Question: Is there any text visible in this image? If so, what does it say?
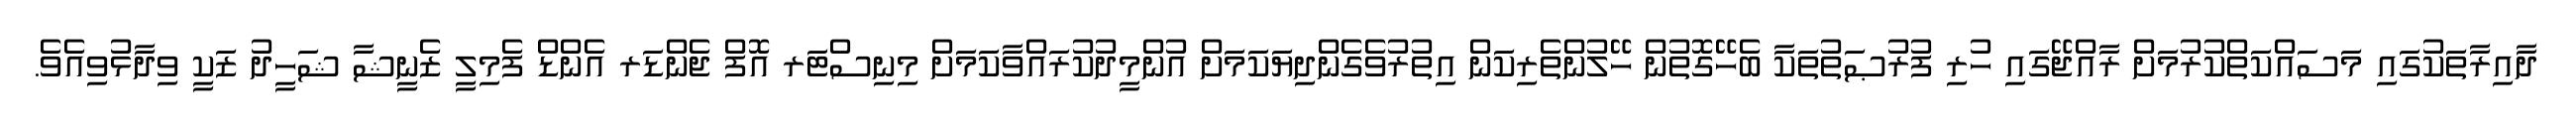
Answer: ދާއިރާތަކުގައި މަސައްކަތްކުރުމަށް ރާއްޖޭގައި ހުރި ފުރުޞަތުތަކާ ބެހޭގޮތުން ހޭލުންތެރިކަން އިތުރުވެގެންދިޔަކަމަށް އުންމީދުކުރައްވާކަމަށް މިނިސްޓަރ އޮފް ޖެންޑަރ އެންޑް ފެމިލީ ޒެނީޝާ ޝަހީދު ޒަކީ ވިދާޅުވިއެވެ.